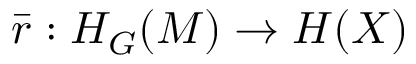
\bar { r } : H _ { G } ( M ) \rightarrow H ( X )